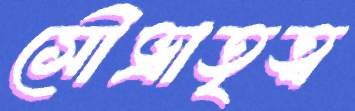
সৌভ্রাতৃত্ব